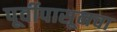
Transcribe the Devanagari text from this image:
पूर्वीपासूनचा